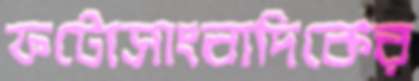
ফটোসাংবাদিকের